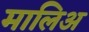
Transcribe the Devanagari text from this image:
मालिअ